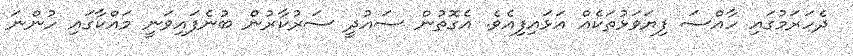
ދެހަރަމުގައި ހާއްސަ ފިޔަވަޅުތަކެއް އަޅައިފިއެވެ. އެގޮތުން ސައުދީ ސަރުކާރުން ބުނެފައިވަނީ މައްކާގައި ހުންނަ